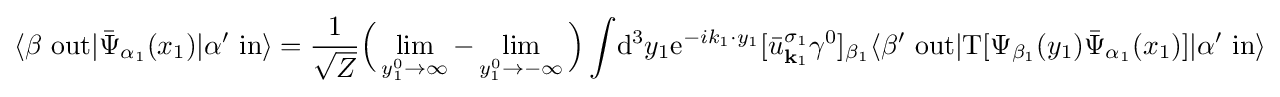
\langle \beta \ \mathrm {out} |{\bar {\Psi }}_{\alpha _{1}}(x_{1})|\alpha '\ \mathrm {in} \rangle ={\frac {1}{\sqrt {Z}}}{\Big (}\lim _{y_{1}^{0}\rightarrow \infty }-\lim _{y_{1}^{0}\rightarrow -\infty }{\Big )}\int \!\mathrm {d} ^{3}y_{1}\mathrm {e} ^{-ik_{1}\cdot y_{1}}[{\bar {u}}_{{\textbf {k}}_{1}}^{\sigma _{1}}\gamma ^{0}]_{\beta _{1}}\langle \beta '\ \mathrm {out} |\mathrm {T} [\Psi _{\beta _{1}}(y_{1}){\bar {\Psi }}_{\alpha _{1}}(x_{1})]|\alpha '\ \mathrm {in} \rangle